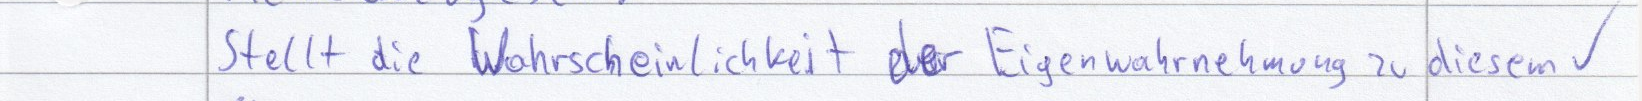
Stellt die Wahrscheinlichkeit der Eigenwahrnehmung zu diesen